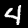
Label: 4